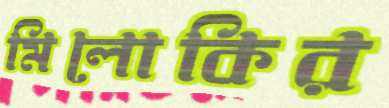
মিলোকির